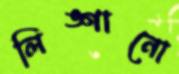
লিঙ্গানো